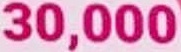
30.000